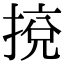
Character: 𢯻